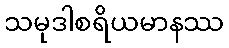
သမုဒါစရိယမာနဿ